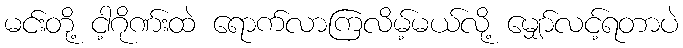
မင်းတို့ ငါ့ဂိုဏ်းထဲ ရောက်လာကြလိမ့်မယ်လို့ မျှော်လင့်ရတာပဲ